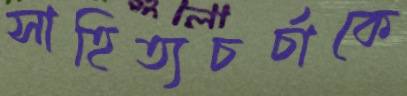
সাহিত্যচর্চাকে